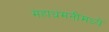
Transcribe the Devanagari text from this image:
महाधमनीमध्ये